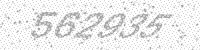
Solution: 562935